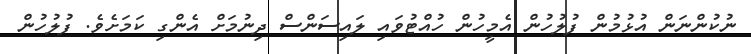
ނުކުންނަން އުޅުމުން ފުލުހުން އެމީހުން ހުއްޓުވައި ލައިސަންސް ދިނުމަށް އެންގި ކަމަށެވެ. ފުލުހުން